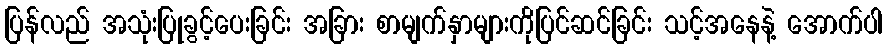
ပြန်လည် အသုံးပြုခွင့်ပေးခြင်း အခြား စာမျက်နှာများကိုပြင်ဆင်ခြင်း သင့်အနေနဲ့ အောက်ပါ